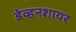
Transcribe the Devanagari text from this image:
डेव्हनशायर